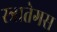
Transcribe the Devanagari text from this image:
स्त्रातेगस